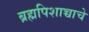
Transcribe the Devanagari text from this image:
ब्रह्मपिशाच्चाचे